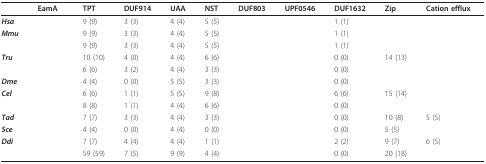
<table><thead><tr><td>[EMPTY_CELL]</td><td><b>EamA</b></td><td><b>TPT</b></td><td><b>DUF914</b></td><td><b>UAA</b></td><td><b>NST</b></td><td><b>DUF803</b></td><td><b>UPF0546</b></td><td><b>DUF1632</b></td><td><b>Zip</b></td><td><b>Cation efflux</b></td></tr></thead><tbody><tr><td><b><i>Hsa</i></b></td><td>[EMPTY_CELL]</td><td>9 (9)</td><td>3 (3)</td><td>4 (4)</td><td>5 (5)</td><td>[EMPTY_CELL]</td><td>[EMPTY_CELL]</td><td>1 (1)</td><td>[EMPTY_CELL]</td><td>[EMPTY_CELL]</td></tr><tr><td><b><i>Mmu</i></b></td><td>[EMPTY_CELL]</td><td>9 (9)</td><td>3 (3)</td><td>4 (4)</td><td>5 (5)</td><td>[EMPTY_CELL]</td><td>[EMPTY_CELL]</td><td>1 (1)</td><td>[EMPTY_CELL]</td><td>[EMPTY_CELL]</td></tr><tr><td>[EMPTY_CELL]</td><td>[EMPTY_CELL]</td><td>9 (9)</td><td>3 (3)</td><td>4 (4)</td><td>5 (5)</td><td>[EMPTY_CELL]</td><td>[EMPTY_CELL]</td><td>1 (1)</td><td>[EMPTY_CELL]</td><td>[EMPTY_CELL]</td></tr><tr><td><b><i>Tru</i></b></td><td>[EMPTY_CELL]</td><td>10 (10)</td><td>4 (0)</td><td>4 (4)</td><td>6 (6)</td><td>[EMPTY_CELL]</td><td>[EMPTY_CELL]</td><td>0 (0)</td><td>14 (13)</td><td>[EMPTY_CELL]</td></tr><tr><td>[EMPTY_CELL]</td><td>[EMPTY_CELL]</td><td>6 (6)</td><td>3 (2)</td><td>4 (4)</td><td>3 (3)</td><td>[EMPTY_CELL]</td><td>[EMPTY_CELL]</td><td>0 (0)</td><td>[EMPTY_CELL]</td><td>[EMPTY_CELL]</td></tr><tr><td><b><i>Dme</i></b></td><td>[EMPTY_CELL]</td><td>4 (4)</td><td>0 (0)</td><td>5 (5)</td><td>3 (3)</td><td>[EMPTY_CELL]</td><td>[EMPTY_CELL]</td><td>0 (0)</td><td>[EMPTY_CELL]</td><td>[EMPTY_CELL]</td></tr><tr><td><b><i>Cel</i></b></td><td>[EMPTY_CELL]</td><td>6 (6)</td><td>1 (1)</td><td>5 (5)</td><td>9 (8)</td><td>[EMPTY_CELL]</td><td>[EMPTY_CELL]</td><td>6 (6)</td><td>15 (14)</td><td>[EMPTY_CELL]</td></tr><tr><td>[EMPTY_CELL]</td><td>[EMPTY_CELL]</td><td>8 (8)</td><td>1 (1)</td><td>4 (4)</td><td>6 (6)</td><td>[EMPTY_CELL]</td><td>[EMPTY_CELL]</td><td>0 (0)</td><td>[EMPTY_CELL]</td><td>[EMPTY_CELL]</td></tr><tr><td><b><i>Tad</i></b></td><td>[EMPTY_CELL]</td><td>7 (7)</td><td>3 (3)</td><td>4 (4)</td><td>3 (3)</td><td>[EMPTY_CELL]</td><td>[EMPTY_CELL]</td><td>0 (0)</td><td>10 (8)</td><td>5 (5)</td></tr><tr><td><b><i>Sce</i></b></td><td>[EMPTY_CELL]</td><td>4 (4)</td><td>0 (0)</td><td>4 (4)</td><td>0 (0)</td><td>[EMPTY_CELL]</td><td>[EMPTY_CELL]</td><td>0 (0)</td><td>5 (5)</td><td>[EMPTY_CELL]</td></tr><tr><td><b><i>Ddi</i></b></td><td>[EMPTY_CELL]</td><td>7 (7)</td><td>4 (4)</td><td>4 (4)</td><td>1 (1)</td><td>[EMPTY_CELL]</td><td>[EMPTY_CELL]</td><td>2 (2)</td><td>9 (7)</td><td>6 (5)</td></tr><tr><td>[EMPTY_CELL]</td><td>[EMPTY_CELL]</td><td>59 (59)</td><td>7 (5)</td><td>9 (9)</td><td>4 (4)</td><td>[EMPTY_CELL]</td><td>[EMPTY_CELL]</td><td>0 (0)</td><td>20 (18)</td><td>[EMPTY_CELL]</td></tr></tbody></table>